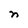
Character: n